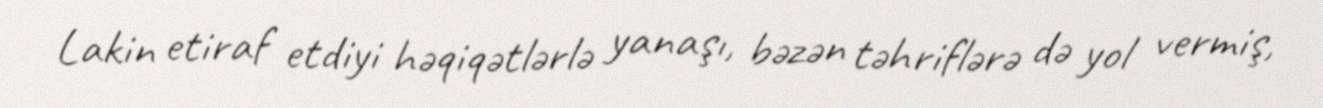
Lakin etiraf etdiyi həqiqətlərlə yanaşı, bəzən təhriflərə də yol vermiş,